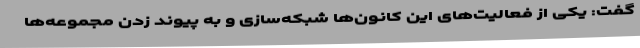
گفت: یکی از فعالیت‌های این کانون‌ها شبکه‌سازی و به پیوند زدن مجموعه‌ها